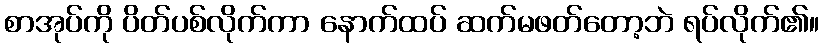
စာအုပ်ကို ပိတ်ပစ်လိုက်ကာ နောက်ထပ် ဆက်မဖတ်တော့ဘဲ ရပ်လိုက်၏။